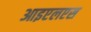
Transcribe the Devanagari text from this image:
आइएलएस